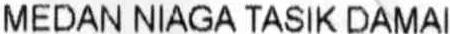
MEDAN NIAGA TASIK DAMAI